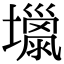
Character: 𡒏